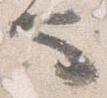
也